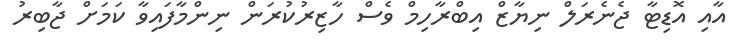
އާއި އޮޑިޓާ ޖެނެރަލް ނިޔާޒް އިބްރާހިމް ވެސް ހާޒިރުކުރަން ނިންމާފައިވާ ކަމަށް ޖާބިރު